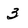
Character: 3